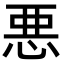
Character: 悪